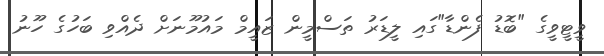
ވީޓީވީގެ "ބޮޑު ފެންޑާ"ގައި ލީޑަރު ތަސްމީން ޒައީމް މައުމޫނަށް ދެއްވި ބަހުގެ ހޫނު